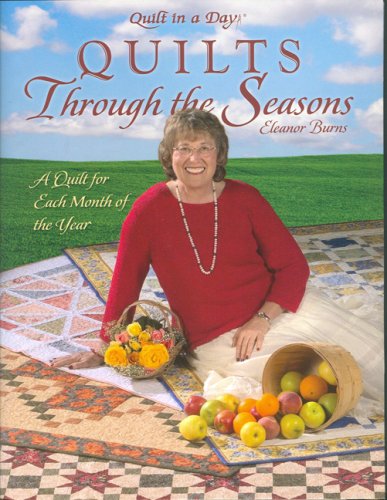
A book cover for Quilts Through the Seasons: A Quilt for Each Month of the Year (Quilt in a Day) (Quilt in a Day Series); Eleanor Burns; Crafts, Hobbies & Home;